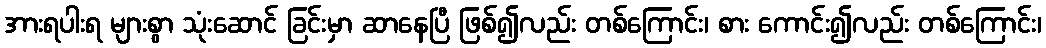
အားရပါးရ များစွာ သုံးဆောင် ခြင်းမှာ ဆာနေပြီ ဖြစ်၍လည်း တစ်ကြောင်း၊ စား ကောင်း၍လည်း တစ်ကြောင်း၊